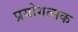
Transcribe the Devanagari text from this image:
प्रयोगत्मक